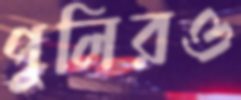
পুলিরও